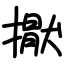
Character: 㩎